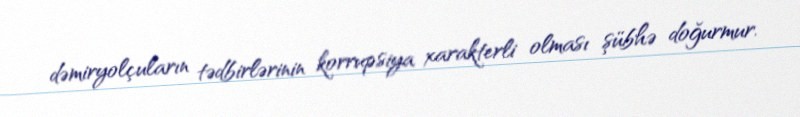
dəmiryolçuların tədbirlərinin korrupsiya xarakterli olması şübhə doğurmur.